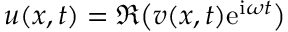
u ( x , t ) = \Re \big ( v ( x , t ) \mathrm { e } ^ { \mathrm { i } \omega t } \big )